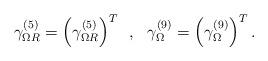
LaTeX: \begin{align*}\gamma_{\Omega R}^{(5)} =\left( \gamma_{\Omega R}^{(5)} \right)^T \,\,\, ,\,\,\ \gamma_{\Omega }^{(9)} =\left( \gamma_{\Omega }^{(9)} \right)^T .\end{align*}